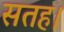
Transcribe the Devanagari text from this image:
सतह।